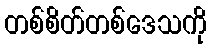
တစ်စိတ်တစ်ဒေသကို